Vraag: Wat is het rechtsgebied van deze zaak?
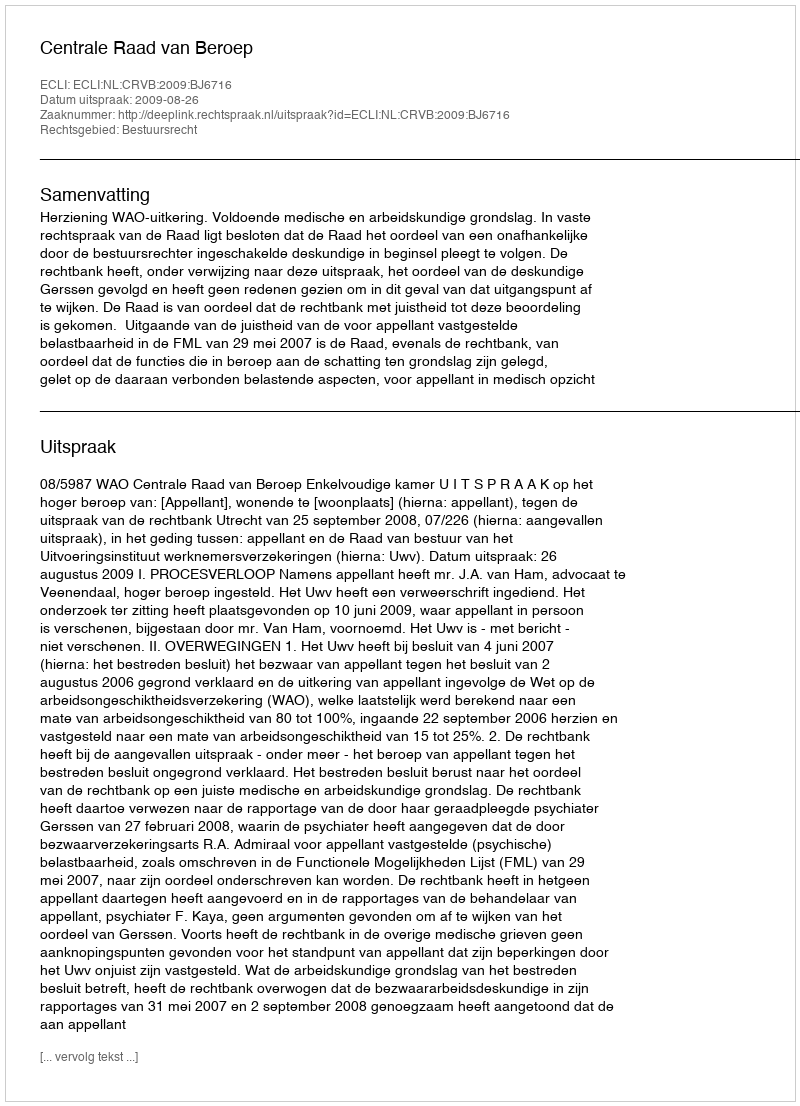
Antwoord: Bestuursrecht